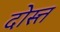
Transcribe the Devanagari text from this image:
दोस्त्त